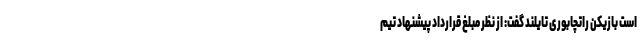
است بازیکن راتچابوری تایلند گفت: از نظر مبلغ قرارداد پیشنهاد تیم